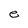
Character: e